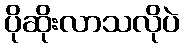
ပိုဆိုးလာသလိုပဲ